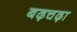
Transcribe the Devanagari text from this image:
बढ़चढ़ा